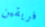
فريقين